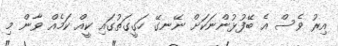
އިރު ވެސް އެ ބޭފުޅުންނަކަށް ނޭނގޭ ހަގީގަތުގައި ކީއް ކަމެއް ވާން މި